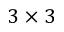
3 \times 3